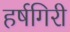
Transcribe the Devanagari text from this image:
हर्षगिरी